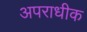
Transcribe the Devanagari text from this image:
अपराधीक